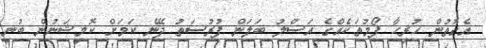
އެގޮތުން ހުރިހާ ފޯމުތަކެއްގެ އަސްލު ބަލަން ފުރުސަތު ދޭނެ ކަމަށް ކޮމިޝަނުން ބުނި